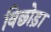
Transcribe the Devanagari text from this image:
विछोड़ा